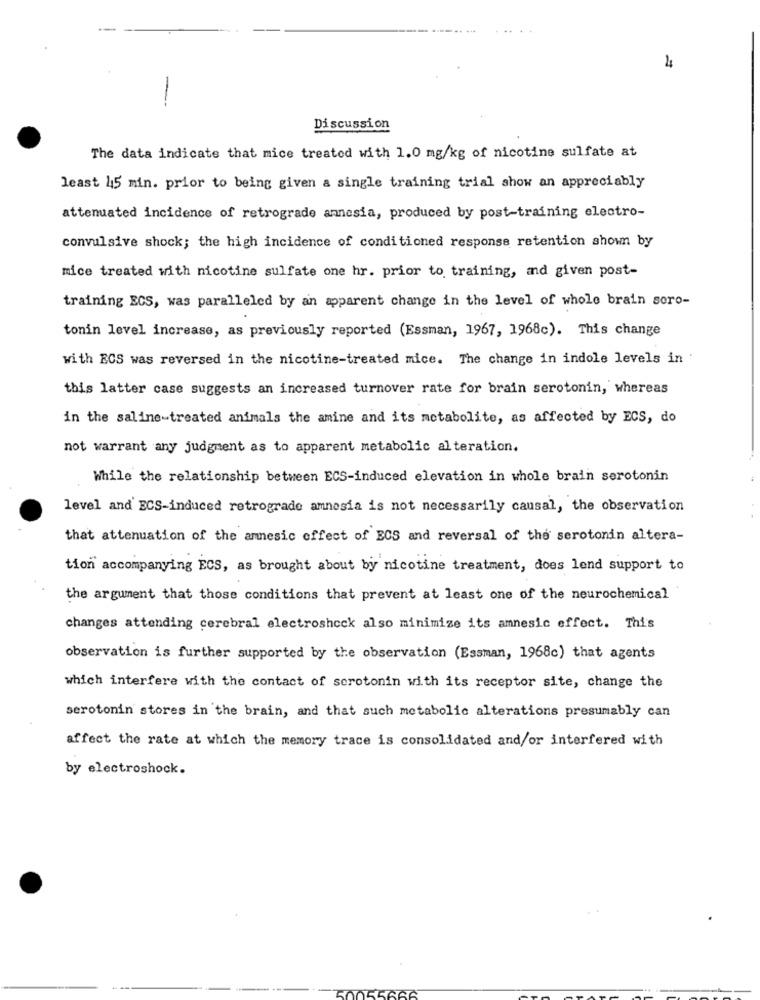
4
-
Discussion
The data indicate that mice treated with 1.0 mg/kg of nicotine sulfate at
least 45 min. prior to being given a single training trial show an appreciably
attenuated incidence of retrograde annesia, produced by post-training electro-
convulsive shock; the high incidence of conditioned response retention shown by
mice treated with nicotine sulfate one hr. prior to training, and given post-
training ECS, was paralleled by an apparent change in the level of whole brain soro-
tonin level increase, as previously reported (Essman, 1967, 1968c). This change
with ECS was reversed in the nicotine-treated mice. The change in indole levels in '
this latter case suggests an increased turnover rate for brain serotonin, whereas
in the saline-treated animals the amine and its metabolite, as affected by ECS, do
not warrant any judgment as to apparent metabolic alteration.
While the relationship between ECS-induced elevation in whole brain serotonin
level and ECS-induced retrograde amnesia is not necessarily causal, the observation
that attenuation of the amnesic effect of ECS and reversal of the serotonin altera-
tion accompanying ECS, as brought about by nicotine treatment, does lend support to
the argument that those conditions that prevent at least one of the neurochemical
changes attending cerebral electroshock also minimize its amnesic effect. This
observation is further supported by the observation (Essman, 1968c) that agents
which interfere with the contact of serotonin with its receptor site, change the
serotonin stores in the brain, and that such metabolic alterations presumably can
affect the rate at which the memory trace is consolidated and/or interfered with
by electroshock.